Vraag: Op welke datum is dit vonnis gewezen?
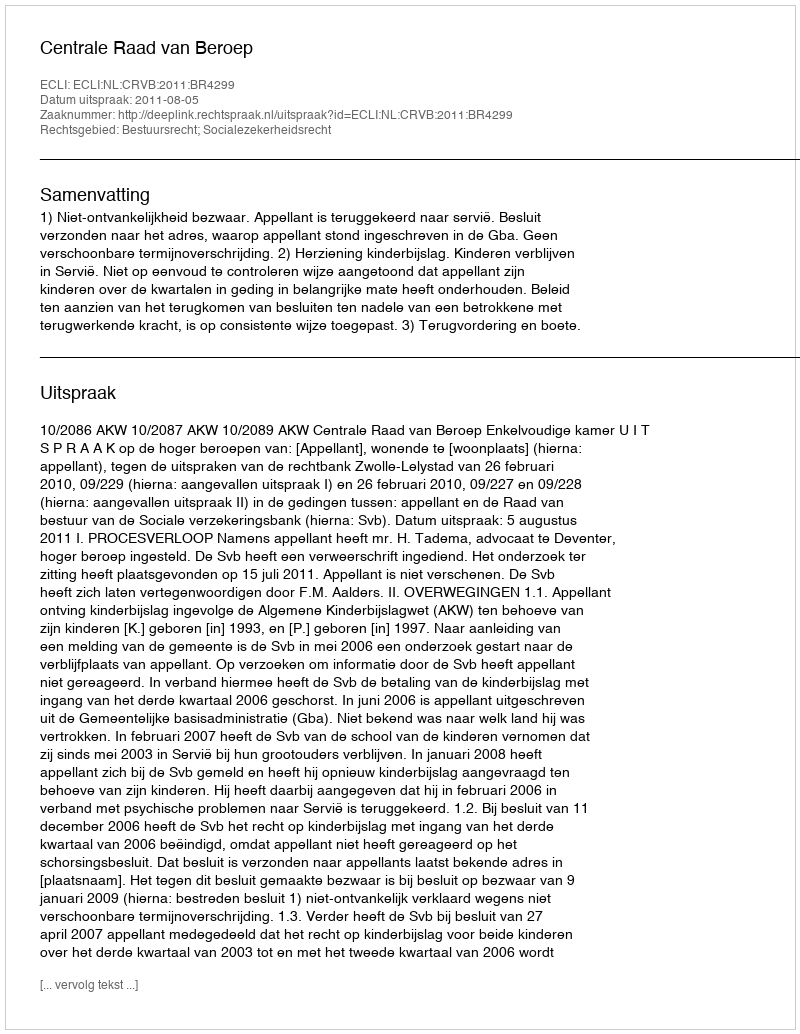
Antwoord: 2011-08-05